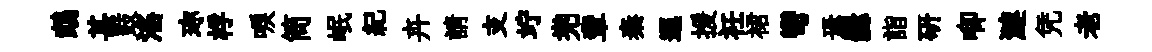
鵡甚鼓滛珎桴唳筒岷紀卉請支竚兠輩秦逕援衽裙彎焉爨詣硏唧漣凭老